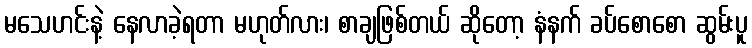
မသေဟင်းနဲ့ နေလာခဲ့ရတာ မဟုတ်လား၊ စာချဖြစ်တယ် ဆိုတော့ နံနက် ခပ်စောစော ဆွမ်းပူ